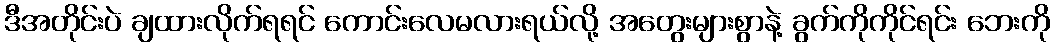
ဒီအတိုင်းပဲ ချထားလိုက်ရရင် ကောင်းလေမလားရယ်လို့ အတွေးများစွာနဲ့ ခွက်ကိုကိုင်ရင်း ဘေးကို